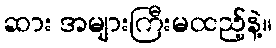
ဆား အများကြီးမထည့်နဲ့။